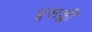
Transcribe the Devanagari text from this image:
इसड्ढी